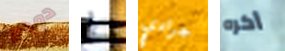
دودج ط جرادي أكره